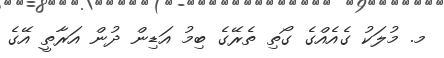
މ. މުލަކު ގެއެއްގެ ގޯތި ތެރޭގެ ބިމު އަޑިން ދުން އަރާތީ އޭގެ